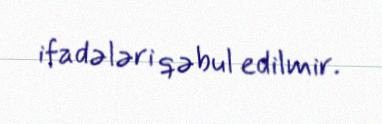
ifadələri qəbul edilmir.